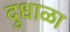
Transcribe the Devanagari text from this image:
दुधाळा